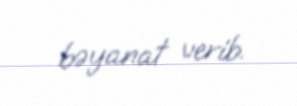
bəyanat verib.